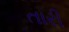
તારી